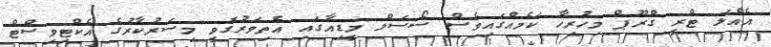
އެއްލަ ޓްރީ ގްރޫޕް މިހުރިހާ ކަމެއްގައިވެސް ސޯސަލް މީޑިއާގައި އެތިވަރުގޮވީ މިސަރުކާރުގެ އެކްޓިވިސްޓް